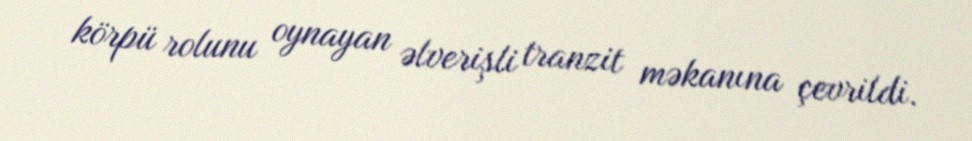
körpü rolunu oynayan əlverişli tranzit məkanına çevrildi.